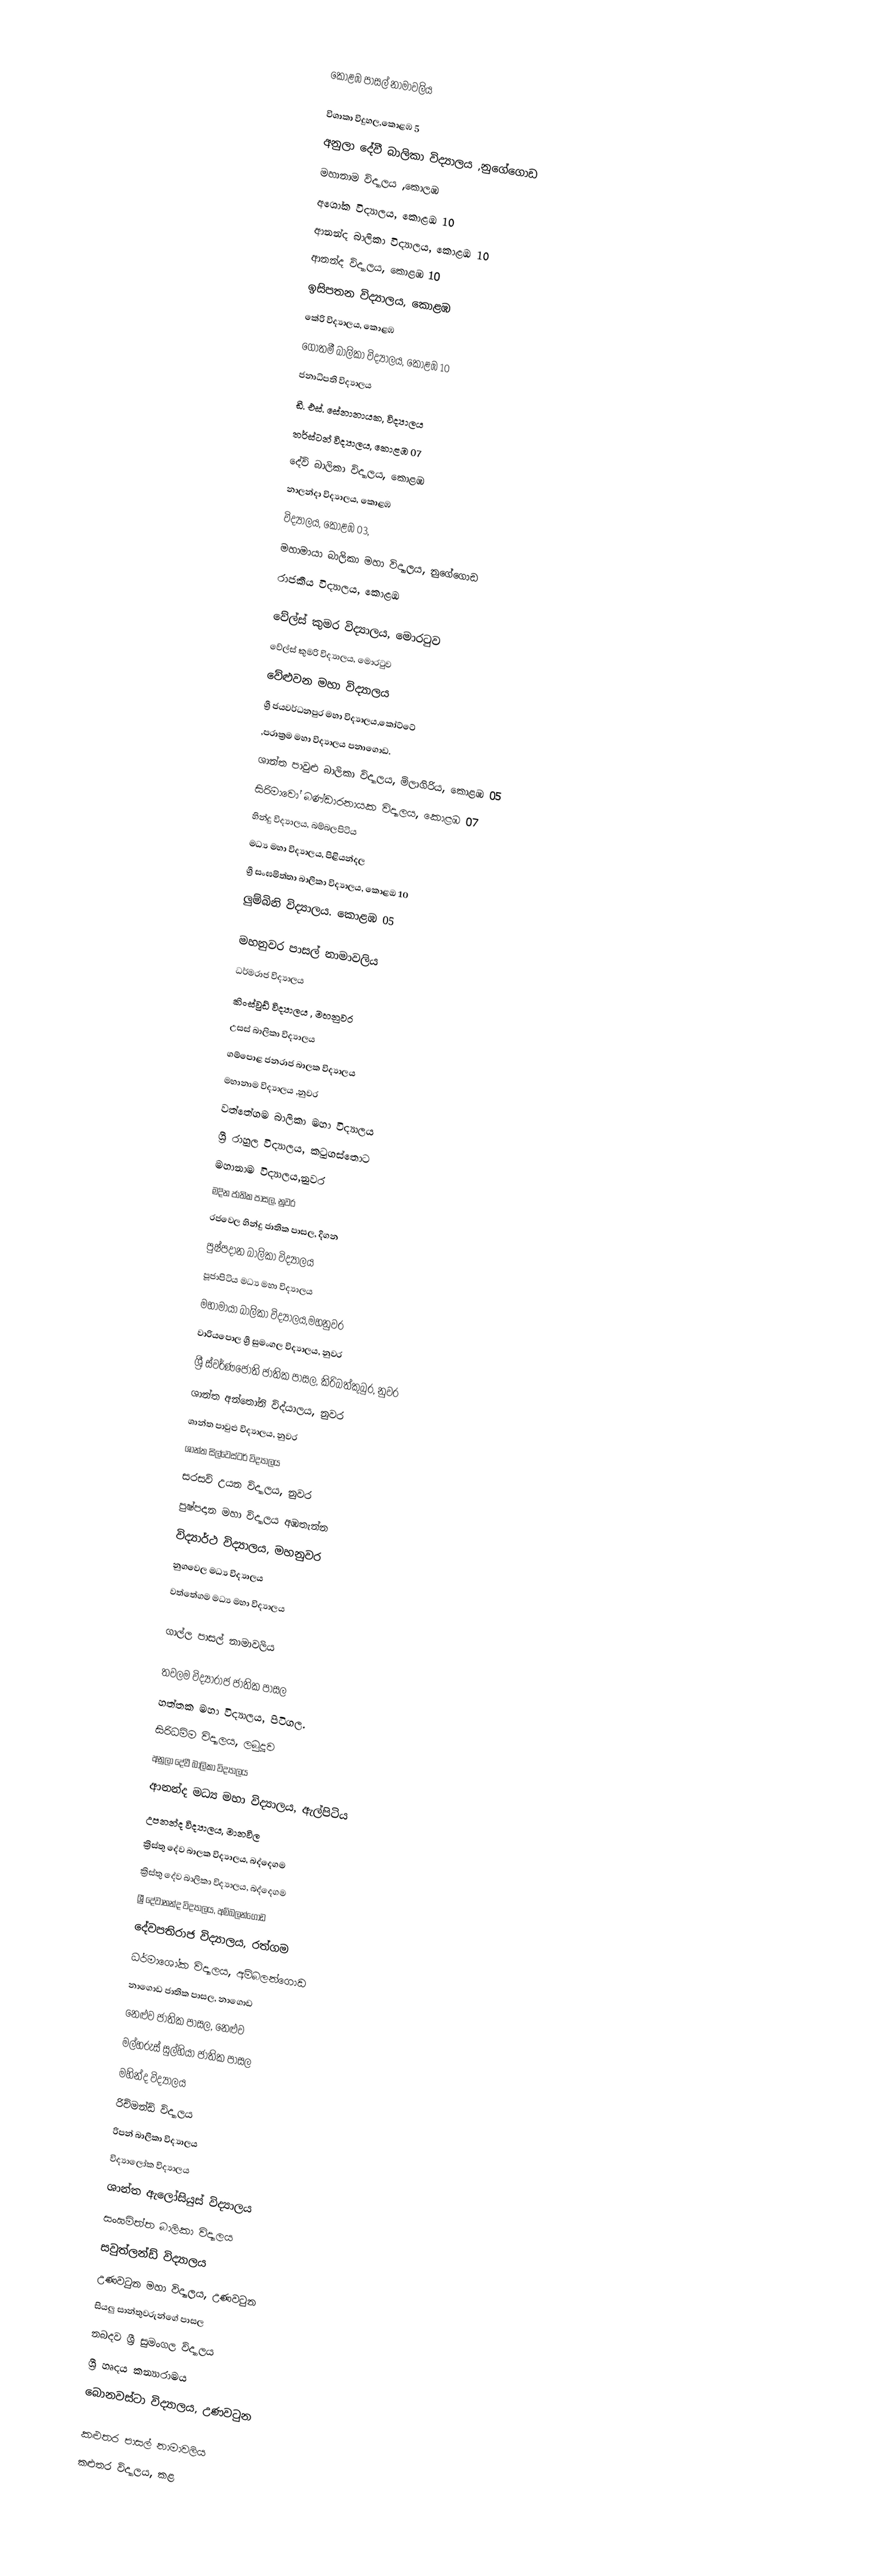

කොළඹ පාසල් නාමාවලිය

විශාකා විදුහල,කොළඹ 5
අනුලා දේවී බාලිකා විද්‍යාලය ,නුගේගොඩ
මහානාම විද්‍යාලය ,කොලඹ
  අශෝක විද්‍යාලය, කොළඹ 10
	ආනන්ද බාලිකා විද්‍යාලය, කොළඹ 10
	ආනන්ද විද්‍යාලය, කොළඹ 10
	ඉසිපතන විද්‍යාලය, කොළඹ
	කේරි විද්‍යාලය, කොළඹ
	ගෝතමී බාලිකා විද්‍යාලය, කොළඹ 10
	ජනාධිපති විද්‍යාලය
	ඩී. එස්. සේනානායක, විද්‍යාලය
	තර්ස්ටන් විද්‍යාලය, කොළඹ 07
	දේවි බාලිකා විද්‍යාලය, කොළඹ
	නාලන්දා විද්‍යාලය, කොළඹ
	 විද්‍යාලය, කොළඹ 03,
	මහාමායා බාලිකා මහා විද්‍යාලය, නුගේගොඩ
	රාජකීය විද්‍යාලය, කොළඹ

	වේල්ස් කුමර විද්‍යාලය, මොරටුව
	වේල්ස් කුමරි විද්‍යාලය, මොරටුව
	වේළුවන මහා විද්‍යාලය
  ශ්‍රී ජයවර්ධනපුර මහා විද්‍යාලය,කෝට්ටේ
	,පරාක්‍රම මහා විද්‍යාලය පනාගොඩ.
	ශාන්ත පාවුළු බාලිකා විද්‍යාලය, මිලාගිරිය, කොළඹ 05
	සිරිමාවෝ බණ්ඩාරනායක විද්‍යාලය, කොළඹ 07
	හින්දු  විද්‍යාලය, බම්බලපිටිය
මධ්‍ය මහා විද්‍යාලය, පිළියන්දල
ශ්‍රී සංඝමිත්තා බාලිකා විද්‍යාලය, කොළඔ 10
 ලුම්බිනි විද්‍යාලය. කොළඹ 05

මහනුවර පාසල් නාමාවලිය
    ධර්මරාජ විද්‍යාලය
   කිංස්වුඩ් විද්‍යාලය , මහනුවර
   උසස් බාලිකා විද්‍යාලය
	ගම්පොළ ජනරාජ බාලක විද්‍යාලය
   මහානාම විද්‍යාලය ,නුවර
   වත්තේගම බාලිකා මහා විද්‍යාලය
   ශ්‍රී රාහුල විද්‍යාලය, කටුගස්තොට
   මහානාම විද්‍යාලය,නුවර
	මදින ජාතික පාසල, නුවර
	රජවෙල හින්දු ජාතික පාසල, දිගන
	පුෂ්පදාන බාලිකා විද්‍යාලය
	පූජාපිටිය මධ්‍ය මහා විද්‍යාලය
	මහාමායා බාලිකා විද්‍යාලය,මහනුවර
	වාරියපොල ශ්‍රී සුමංගල විද්‍යාලය, නුවර
	ශ්‍රී ස්වර්ණජෝති ජාතික පාසල, කිරිබත්කුබුර, නුවර
   ශාන්ත අන්තෝනි විද්යාලය, නුවර
	ශාන්ත පාවුළු විද්‍යාලය, නුවර
	ශාන්ත සිල්වෙස්ටර් විද්‍යාලය
	සරසවි උයන විද්‍යාලය, නුවර
   පුෂ්පදාන මහා විද්‍යාලය අඹතැන්න
   විද්‍යාර්ථ විද්‍යාලය, මහනුවර
   නුගවෙල මධ්‍ය විද්‍යාලය
   වත්තේගම මධ්‍ය මහා විද්‍යාලය

ගාල්ල පාසල් නාමාවලිය

 තවලම විද්‍යාරාජ ජාතික පාසල
හත්තක මහා විද්‍යාලය, පිටිගල.
	සිරිධම්ම විද්‍යාලය, ලබුදූව
	අනුලා දේවී බාලිකා විද්‍යාලය
	ආනන්ද මධ්‍ය මහා විද්‍යාලය, ඇල්පිටිය
	උපනන්ද විද්‍යාලය, මානවිල
	ක්‍රිස්තු දේව බාලක විද්‍යාලය, බද්දෙගම
	ක්‍රිස්තු දේව බාලිකා විද්‍යාලය, බද්දෙගම
	ශ්‍රී දේවානන්ද විද්‍යාලය, අම්බලන්ගොඩ
	දේවපතිරාජ විද්‍යාලය, රත්ගම
	ධර්මාශෝක විද්‍යාලය, අම්බලන්ගොඩ
	නාගොඩ ජාතික පාසල, නාගොඩ
	නෙළුව ජාතික පාසල, නෙළුව
	මල්හරුස් සුල්හියා ජාතික පාසල
	මහින්ද විද්‍යාලය
	රිච්මන්ඩ් විද්‍යාලය
	රිපන් බාලිකා විද්‍යාලය
	විද්‍යාලෝක විද්‍යාලය
	ශාන්ත ඇලෝසියුස් විද්‍යාලය
	සංඝමිත්ත බාලිකා විද්‍යාලය
	සවුත්ලන්ඩ් විද්‍යාලය
   උණවටුන මහා විද්‍යාලය, උණවටුන
සියලු සාන්තුවරුන්ගේ පාසල
නබදව ශ්‍රී සුමංගල විද්‍යාලය
 ශ්‍රී හෘදය කන්‍යාරාමය
 බොනවස්ටා විද්‍යාලය, උණවටුන

කළුතර පාසල් නාමාවලිය
	කළුතර විද්‍යාලය, කළ